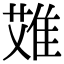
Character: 𨿆